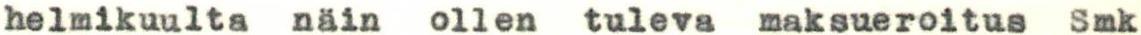
helmikuulta näin ollen tuleva maksueroitus Smk